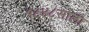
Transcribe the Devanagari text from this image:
१८४८साली